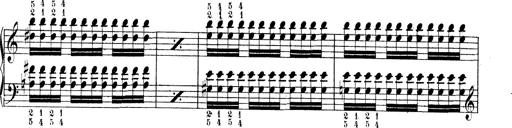
Title: Technische Studien
Composer: Franz Liszt